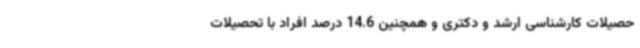
حصیلات کارشناسی ارشد و دکتری و همچنین 14.6 درصد افراد با تحصیلات